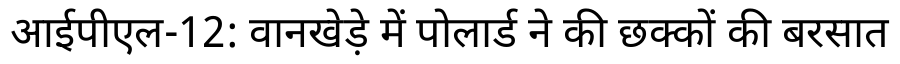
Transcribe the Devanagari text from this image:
आईपीएल-12: वानखेड़े में पोलार्ड ने की छक्कों की बरसात